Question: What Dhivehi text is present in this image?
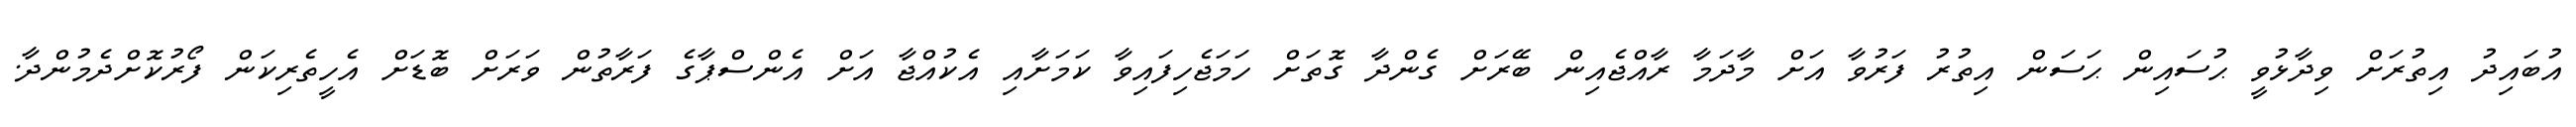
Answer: އުބައިދު އިތުރަށް ވިދާޅުވީ ޙުސައިން ޙަސަން އިތުރު ފަރުވާ އަށް މާދަމާ ރާއްޖެއިން ބޭރަށް ގެންދާ ގޮތަށް ހަމަޖެހިފައިވާ ކަމަށާއި އެކުއްޖާ އަށް އެންސްޕާގެ ފަރާތުން ވަރަށް ބޮޑަށް އެހީތެރިކަން ފޯރުކޮށްދެމުންދާ.